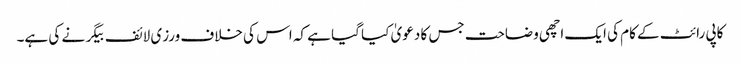
کاپی رائٹ کے کام کی ایک اچھی وضاحت جس کا دعویٰ کیا گیا ہے کہ اس کی خلاف ورزی لائف بیگر نے کی ہے۔